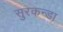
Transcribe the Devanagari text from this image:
सुरकन्डा